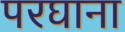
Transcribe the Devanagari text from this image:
परघाना